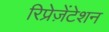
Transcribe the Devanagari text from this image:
रिप्रेज़ेंटेशन